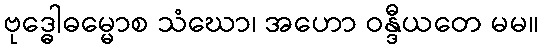
ဗုဒ္ဓေါဓမ္မောစ သံဃော၊ အဟော ဝန္ဒီယတေ မမ။